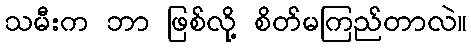
သမီးက ဘာ ဖြစ်လို့ စိတ်မကြည်တာလဲ။